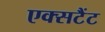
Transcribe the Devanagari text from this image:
एक्सटैंट